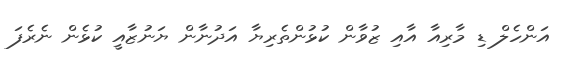
އަންހެލް ޑި މާރިއާ އާއި ޒުވާން ކުޅުންތެރިޔާ އަދުނާން ޔަނުޒާއީ ކުޅެން ނެރެފަ